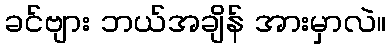
ခင်ဗျား ဘယ်အချိန် အားမှာလဲ။